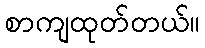
စာကျထုတ်တယ်။